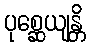
ပုစ္ဆေယျန္တိ